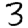
Digit: 3